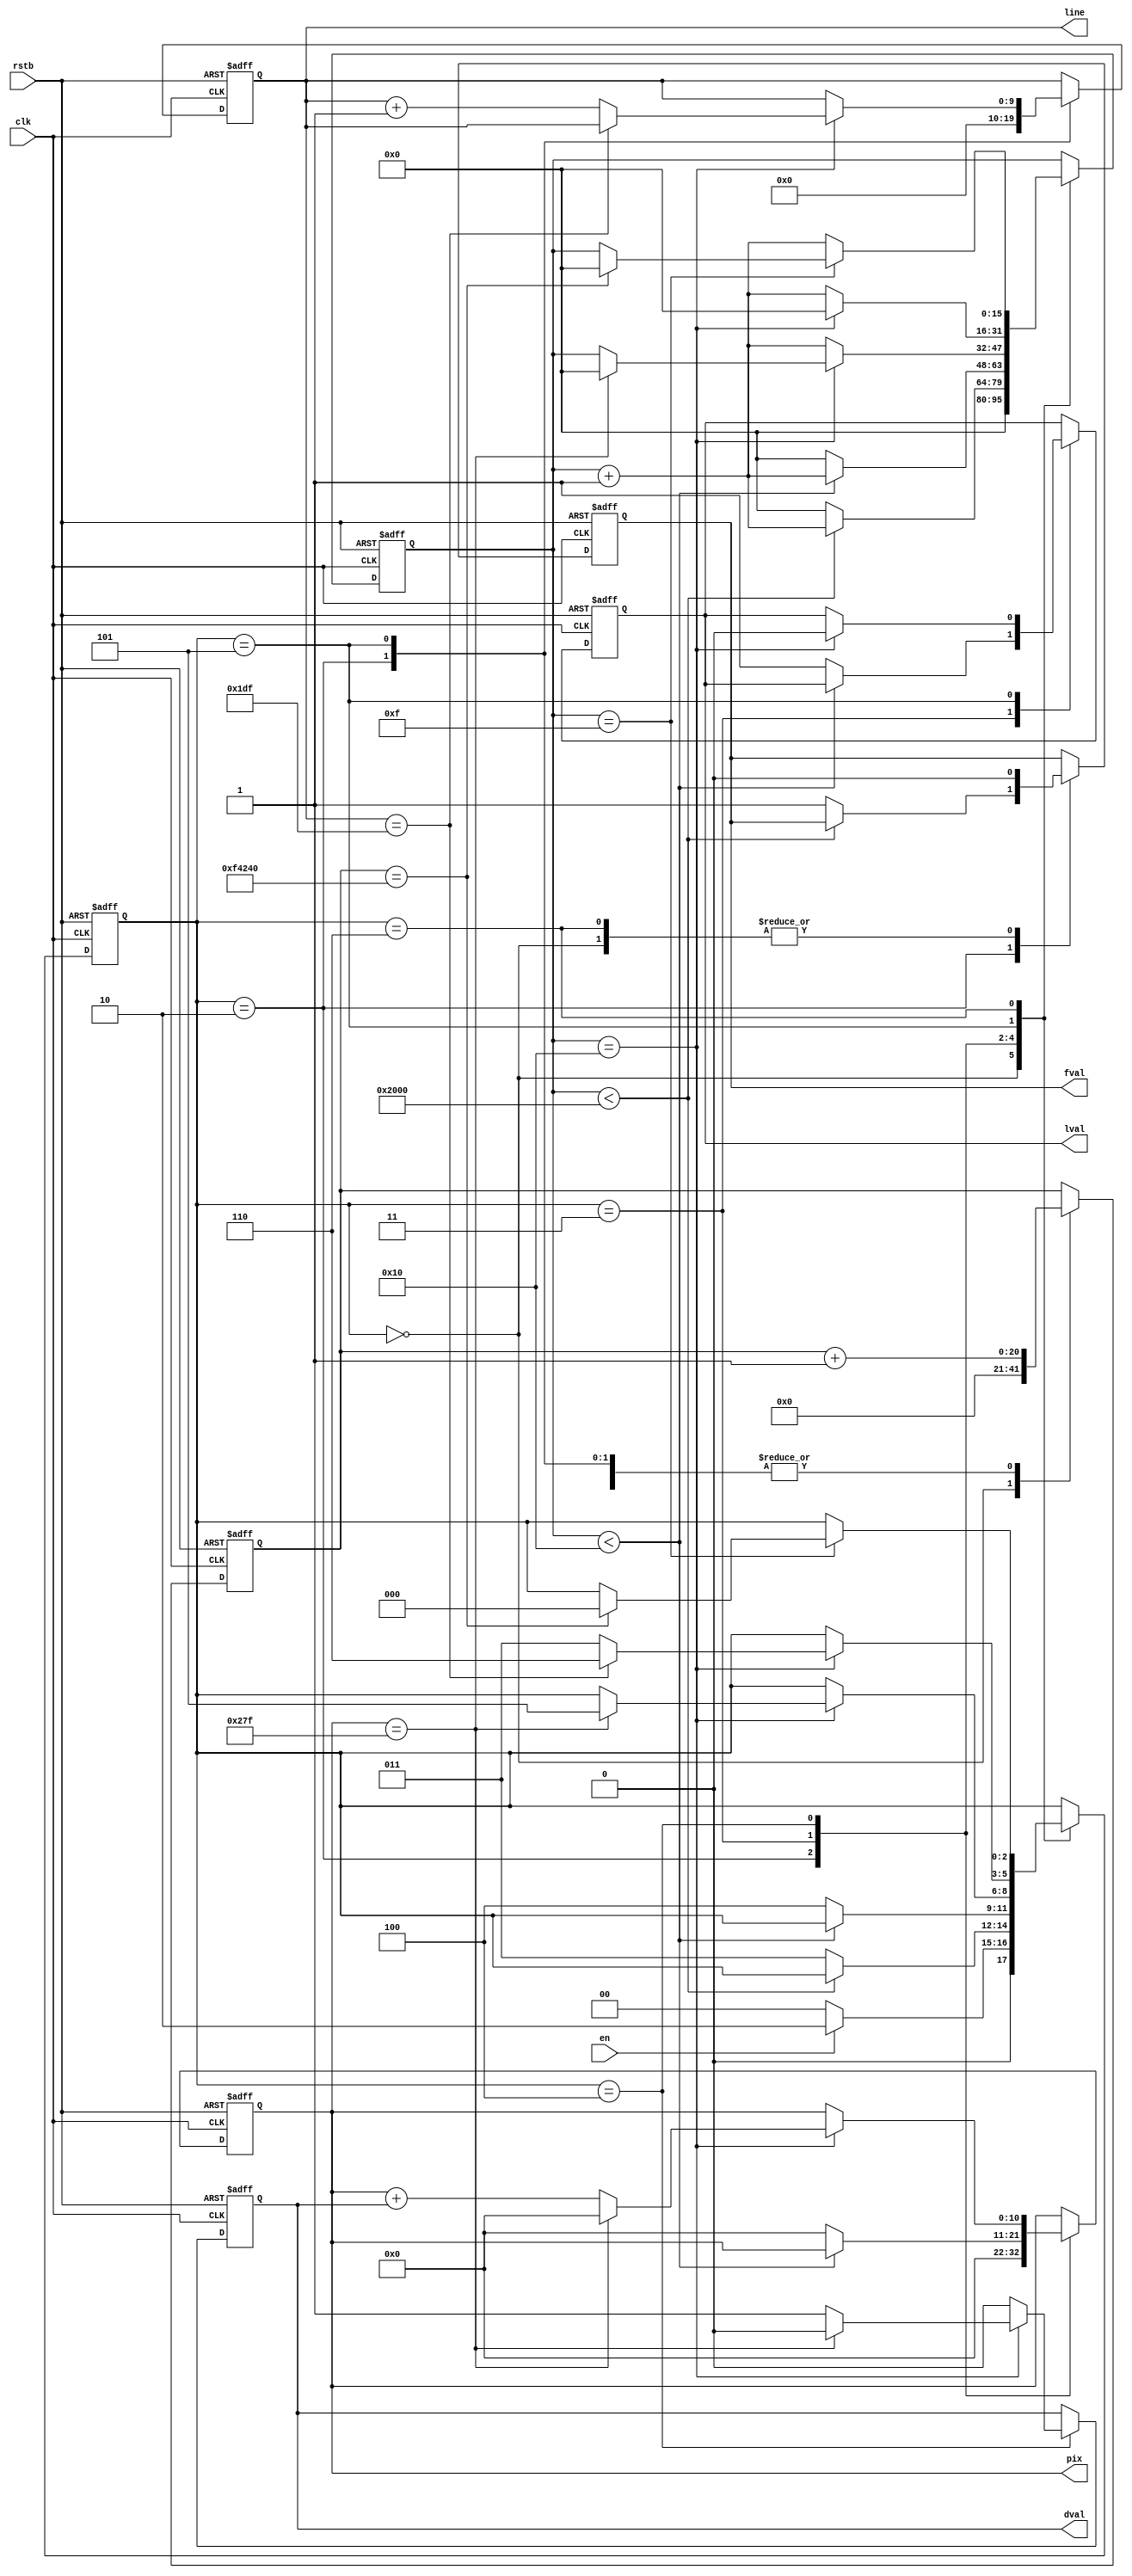


module frame_timing_generator #(
    parameter FPS=25,
    parameter CLK_PERIOD=40,
    parameter WIDTH=640,
    parameter HEIGHT=480,
    parameter T_IDLE2FVAL = 8192,
    parameter T_LVALHIGH_DVALHIGH = 16,
    parameter T_DVALLOW_LVALLOW = 16,
    parameter T_LVALLOW = 16

)(
		input clk,
		input rstb,

		input en,
		output reg fval,
		output reg lval,
		output reg dval,

        output reg [$clog2(WIDTH):0] pix,
        output reg [$clog2(HEIGHT):0] line
    );




	parameter IDLE=0;
	parameter READFILE=1;
	parameter NFRAME=2;
	parameter NLINE=3;
	parameter PIXELS=4;
	parameter EOL=5;
	parameter EOF=6;


	reg [2:0] state;
	reg [15:0] cntr;




    parameter FRAME_LEN_IN_CYCLE = 1000000000/(FPS * CLK_PERIOD);
    reg[$clog2(FRAME_LEN_IN_CYCLE) : 0] frame_counter;



	 always @(posedge clk or negedge rstb) begin
		if(!rstb) begin
			fval <= 0;
			lval <= 0;
			dval <= 0;
			cntr <= 0;
			pix <= 0;
            line <= 0;
			frame_counter <= 0;

			state <= IDLE;
		end else begin
			case(state)
				IDLE: begin
                    fval <= 0;
				    frame_counter <= 0;
					state <= en ? NFRAME : IDLE;
					cntr <= 0;
				end

				NFRAME: begin
				    frame_counter <= frame_counter + 1;
                    pix <= 0;
                    line <= 0;
					if(cntr<T_IDLE2FVAL)
						cntr <= cntr + 1;
					else begin
						fval <= 1'b1;
						cntr <= 0;
						state <= NLINE;
					end
				end

				NLINE: begin
				    frame_counter <= frame_counter + 1;
					if(cntr<T_LVALLOW)
						cntr <= cntr + 1;
					else begin
						lval <= 1'b1;
						cntr <= 0;
						pix <= 0;
						state <= PIXELS;
					end
				end

				PIXELS: begin
				    frame_counter <= frame_counter + 1;
                    if(cntr == T_LVALHIGH_DVALHIGH) begin
					   if(pix == (WIDTH - 1)) begin
							pix <= 0;
							cntr <= 0;
							if(pix ==(WIDTH - 1)) begin
                                dval <= 0;
								state <= EOL;
							end else begin
								state <= PIXELS;
                            end
						end else begin
                            dval <= 1'b1;
                            pix <= pix + dval;
						end
					end else begin
                        dval <= 1'b0;
                        cntr <= cntr + 1;
					end
				end

				EOL: begin
				    frame_counter <= frame_counter + 1;
					if(cntr == T_DVALLOW_LVALLOW) begin
                        lval <= 0;
                        cntr <= 0;
						if(line == HEIGHT - 1) begin
							state <= EOF;
						end else begin
							state <= NLINE;
							line <= line + 1;
						end
					end else begin
						cntr <= cntr + 1;
					end
				end

				EOF: begin
					fval <= 1'b0;
					frame_counter <= frame_counter + 1;
					if((cntr == 15)) begin
                        if(frame_counter == FRAME_LEN_IN_CYCLE) begin
                            cntr <= 0;
                            state <= IDLE;
                        end
					end else begin
						cntr <= cntr + 1;
					end
				end
			endcase
		end
	 end

endmodule